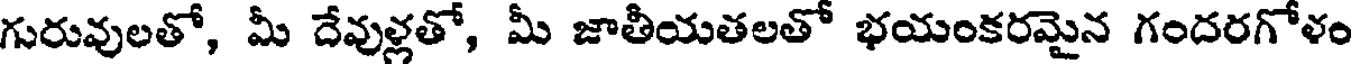
గురువులతో, మీ దేవుళ్లతో, మీ జాతీయతలతో భయంకరమైన గందరగోళం